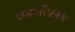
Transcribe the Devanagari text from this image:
जलपरिभ्रमण